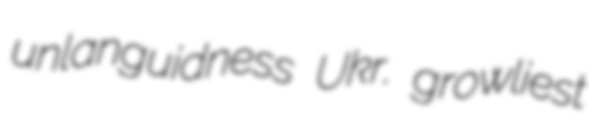
unlanguidness Ukr. growliest